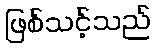
ဖြစ်သင့်သည်